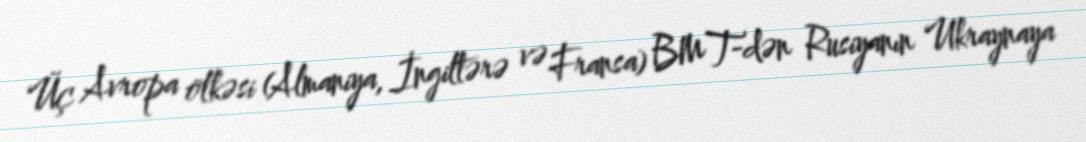
Üç Avropa ölkəsi (Almaniya, İngiltərə və Fransa) BMT-dən Rusiyanın Ukraynaya